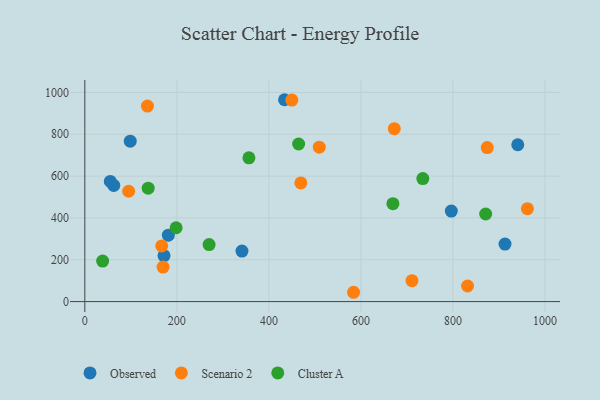
{"axis": {"x": "Study Hours", "y": "Salary"}, "legend": ["Cluster A", "Observed", "Scenario 2"], "data": [{"x": "913.1", "y": 274.9, "type": "Observed"}, {"x": "172.1", "y": 219.4, "type": "Observed"}, {"x": "181.5", "y": 317.4, "type": "Observed"}, {"x": "341.5", "y": 241.5, "type": "Observed"}, {"x": "98.7", "y": 767.0, "type": "Observed"}, {"x": "62.9", "y": 555.6, "type": "Observed"}, {"x": "434.0", "y": 965.2, "type": "Observed"}, {"x": "796.4", "y": 432.9, "type": "Observed"}, {"x": "55.4", "y": 574.5, "type": "Observed"}, {"x": "940.8", "y": 749.9, "type": "Observed"}, {"x": "961.7", "y": 444.1, "type": "Scenario 2"}, {"x": "469.4", "y": 567.2, "type": "Scenario 2"}, {"x": "874.4", "y": 736.6, "type": "Scenario 2"}, {"x": "672.5", "y": 827.0, "type": "Scenario 2"}, {"x": "167.1", "y": 266.3, "type": "Scenario 2"}, {"x": "170.0", "y": 164.9, "type": "Scenario 2"}, {"x": "95.3", "y": 527.7, "type": "Scenario 2"}, {"x": "136.1", "y": 934.8, "type": "Scenario 2"}, {"x": "710.9", "y": 100.2, "type": "Scenario 2"}, {"x": "831.7", "y": 74.5, "type": "Scenario 2"}, {"x": "584.0", "y": 44.6, "type": "Scenario 2"}, {"x": "509.5", "y": 738.2, "type": "Scenario 2"}, {"x": "449.9", "y": 963.3, "type": "Scenario 2"}, {"x": "270.1", "y": 272.7, "type": "Cluster A"}, {"x": "669.5", "y": 468.0, "type": "Cluster A"}, {"x": "734.5", "y": 588.0, "type": "Cluster A"}, {"x": "356.6", "y": 687.6, "type": "Cluster A"}, {"x": "464.6", "y": 753.5, "type": "Cluster A"}, {"x": "137.7", "y": 542.3, "type": "Cluster A"}, {"x": "198.4", "y": 353.0, "type": "Cluster A"}, {"x": "871.1", "y": 418.8, "type": "Cluster A"}, {"x": "38.7", "y": 193.7, "type": "Cluster A"}]}